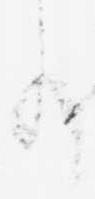
事